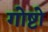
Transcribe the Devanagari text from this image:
गोष्टो